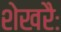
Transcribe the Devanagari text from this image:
शेखरैः